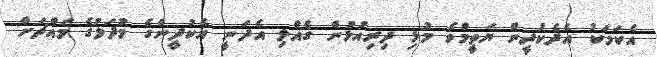
އެކަމަކު އެދެކުދީން ޔަތީމްވެ މުޅި ދިރިއުޅުން ގެއްލި އެދަނީ އެކުދީންގެ މުދަލުގެ މައްޗަށް